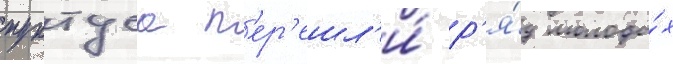
пунтуса п'ер'ешл'и́ р'я́д молоды́х